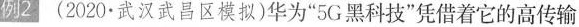
例2(2020·武汉武昌区模拟)华为”5G黑科技”凭借着它的高传输